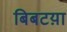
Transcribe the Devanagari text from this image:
बिबटय़ा